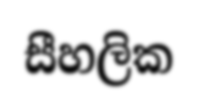
සීහලික